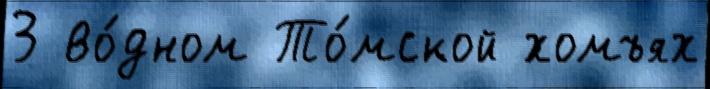
3 во́дном То́мской ́хомъях